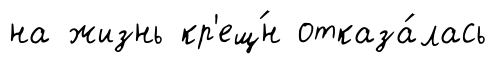
на жизнь кр'ещ́н отказа́лась